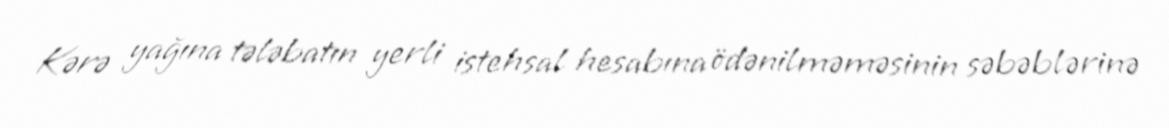
Kərə yağına tələbatın yerli istehsal hesabına ödənilməməsinin səbəblərinə